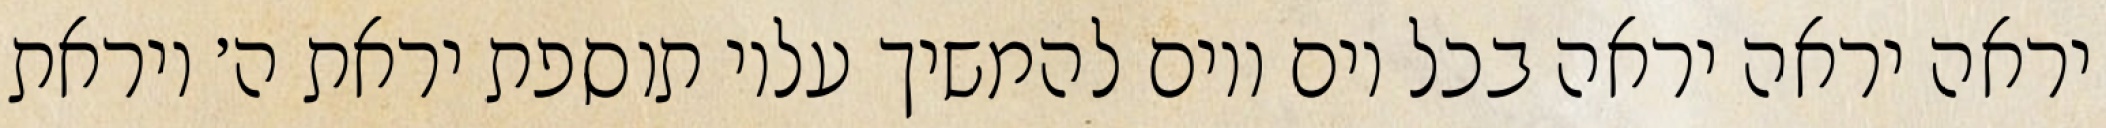
יראה יראה יראה בכל יום ויום להמשיך עליו תוספת יראת ה׳ ויראת